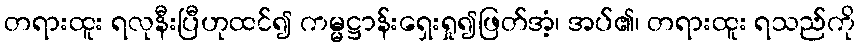
တရားထူး ရလုနီးပြီဟုထင်၍ ကမ္မဋ္ဌာန်းရှေးရှု၍ဖြတ်အံ့၊ အပ်၏၊ တရားထူး ရသည်ကို